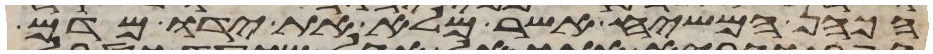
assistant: הכהן המשיח אשר מלא את ידו מדם